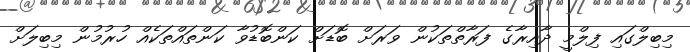
މިބިލްގައި ފިލްމީ ދާއިރާގެ ފަރާތްތަކުން ވަރަށް ބޮޑަށް ކަންބޮޑުވާ ކަންތައްތަކެއް ހުރުމުން މިބިލަށް